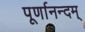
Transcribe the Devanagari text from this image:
पूर्णानन्दम्